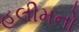
હલીમનો